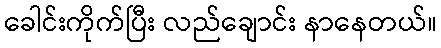
ခေါင်းကိုက်ပြီး လည်ချောင်း နာနေတယ်။